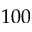
1 0 0